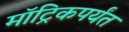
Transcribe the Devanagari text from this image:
मॉट्रिकपर्यंत